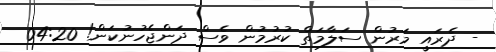
- ދެރައީ މަރުން ސަލާމަތް ކުރުމުން ވެސް ދަންޖެހުނުކަން! 04:20